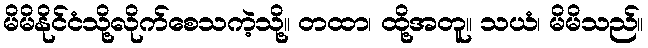
မိမိနိုင်ငံသို့လိုက်စေသကဲ့သို့။ တထာ၊ ထို့အတူ။ သယံ၊ မိမိသည်။